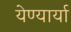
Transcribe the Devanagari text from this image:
येण्यार्या